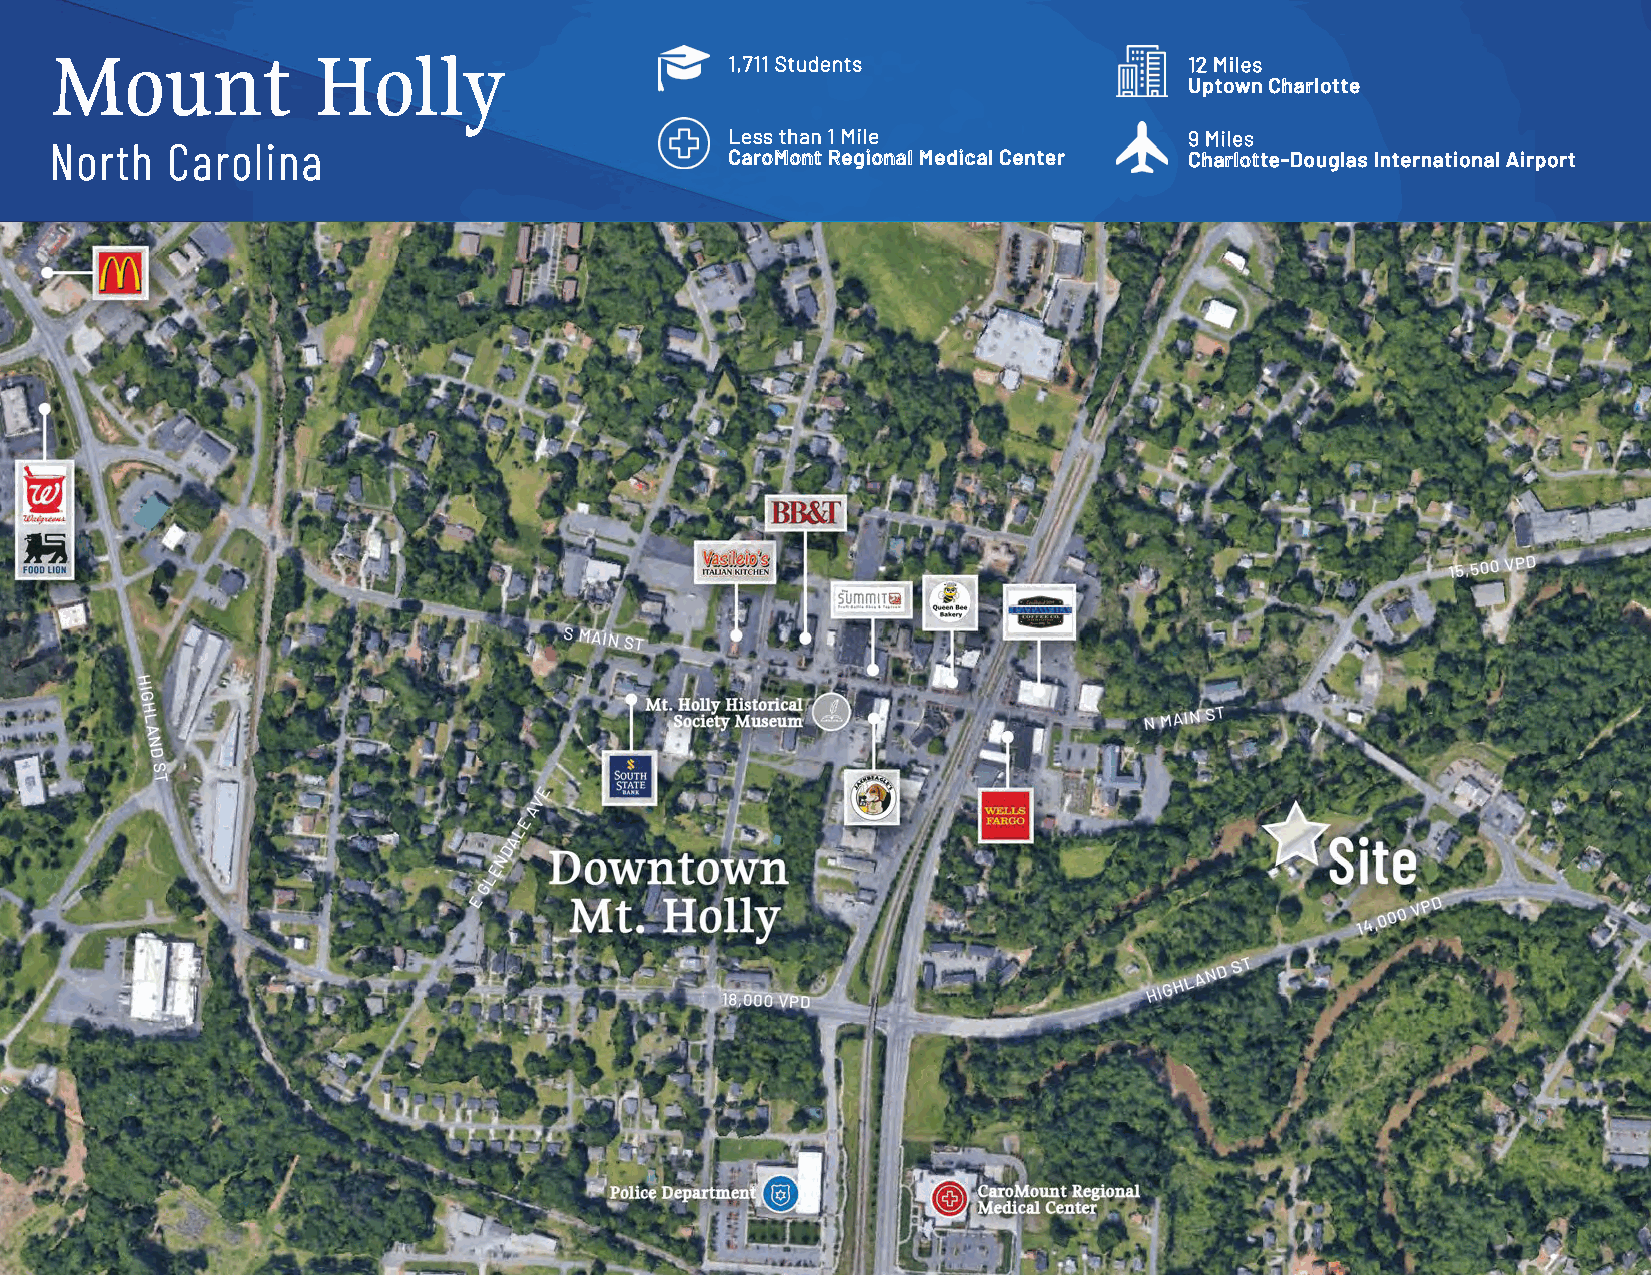
Mount             Holly
 11,,771111 SSttuuddeennttss    1122 MMiilleess
 UUppttoowwnn CChhaarrlloottttee
 LLeessss tthhaann 11 MMiillee  99 MMiilleess
 NNoorrtthh CCaarroolliinnaa
 CCaarrooMMoonntt RReeggiioonnaall MMeeddiiccaall CCeenntteerr CChhaarrlloottttee--DDoouuggllaass IInntteerrnnaattiioonnaall AAiirrppoorrtt